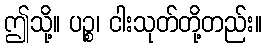
ဤသို့။ ပဉ္စ၊ ငါးသုတ်တို့တည်း။